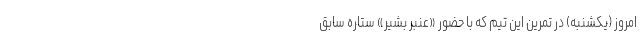
امروز (یکشنبه) در تمرین این تیم که با حضور «عنبر بشیر» ستاره سابق